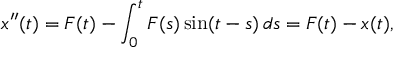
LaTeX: x ^ { \prime \prime } ( t ) = F ( t ) - \int _ { 0 } ^ { t } F ( s ) \sin ( t - s ) \, d s = F ( t ) - x ( t ) ,